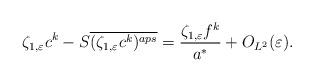
LaTeX: \begin{align*}\zeta_{1,\varepsilon}c^k-S\overline{(\zeta_{1,\varepsilon}c^k)^{aps}}=\frac{\zeta_{1,\varepsilon}f^k}{a^*}+O_{L^2}(\varepsilon).\end{align*}